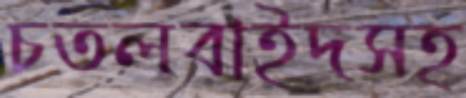
চতলবাইদসহ